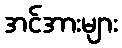
အင်အားများ